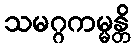
သမဂ္ဂကမ္မန္တိ